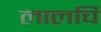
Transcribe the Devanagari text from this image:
लालचि